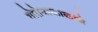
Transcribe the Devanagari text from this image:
गोरोबाकाकांचे